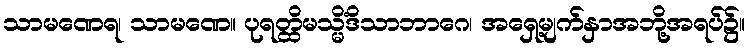
သာမဏေရ၊ သာမဏေ။ ပုရတ္ထိမသ္မိံဒိသာဘာဂေ၊ အရှေ့မျက်နှာအဘို့အရပ်၌။